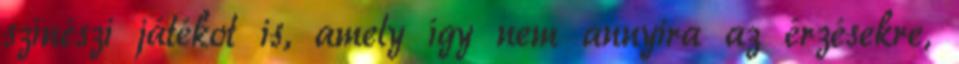
színészi játékot is, amely így nem annyira az érzésekre,